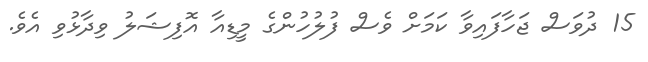
15 ދުވަސް ޖަހާފައިވާ ކަމަށް ވެސް ފުލުހުންގެ މީޑިއާ އޮފިޝަލު ވިދާޅުވި އެވެ.